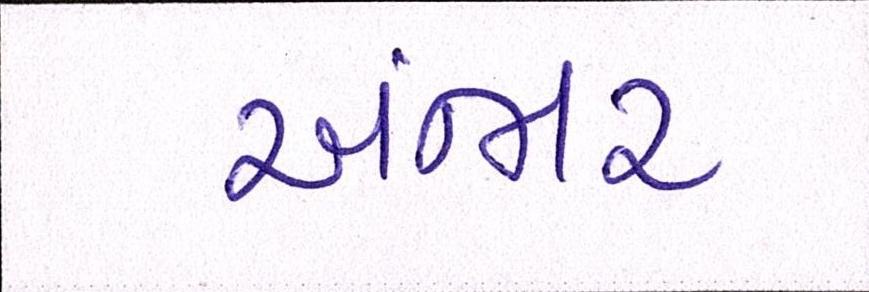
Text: અંજાર